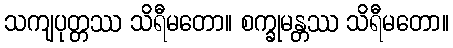
သကျပုတ္တဿ သိရီမတော။ စက္ခုမန္တဿ သိရီမတော။